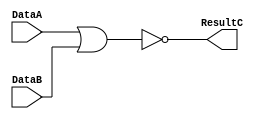
module LogicNor(ResultC, DataA, DataB);

input [31:0] DataA, DataB;
output reg [31:0] ResultC;

always
ResultC = ~(DataA || DataB);

endmodule